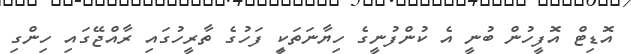
އޮޑިޓް އޮފީހުން ބުނީ އެ ކުންފުނީގެ ހިޔާނަތަކިީ ފަހުގެ ތާރީހުގައި ރާއްޖޭގައި ހިންގި